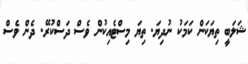
ޝަލަބީ ތިޔަކަން ކަމަކު ނުދިޔަ. ތިޔަ މިސްޓެއިކުން ވެސް ދަސްކުރޭ. ދެން ވެސް